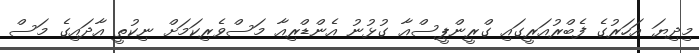
މިދިޔަ އަހަރުގެ ފެބްރުއަރީގައި ގްރީންޕީސްއާ ގުޅުނު އެންޑްރިއާ މަސްވެރިކަމަށް ނިކުތީ އާދައިގެ މަސް